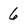
Character: 6